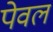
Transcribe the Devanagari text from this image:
पेवल